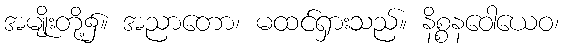
အမျိုးတို့၌။ အညာတော၊ မထင်ရှားသည်။ နိစ္စနဝေါယေဝ၊